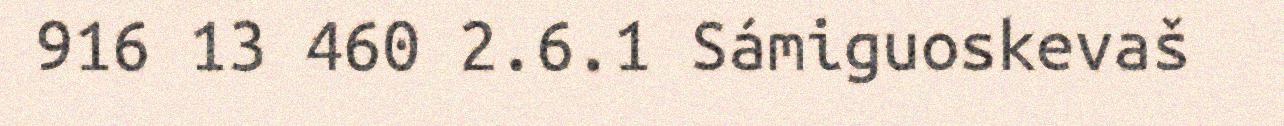
916 13 460 2.6.1 Sámiguoskevaš